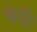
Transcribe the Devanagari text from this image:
कोडुरी